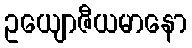
ဥယျောဇီယမာနော